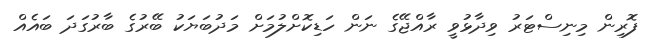
ފޮރިން މިނިސްޓަރު ވިދާޅުވީ ރާއްޖޭގެ ނަން ހަޑިކޮށްލުމަށް މަދުބަޔަކު ބޭރުގެ ބާރުގަދަ ބައެއް